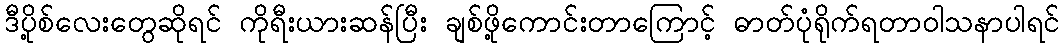
ဒီပို့စ်လေးတွေဆိုရင် ကိုရီးယားဆန်ပြီး ချစ်ဖို့ကောင်းတာကြောင့် ဓာတ်ပုံရိုက်ရတာဝါသနာပါရင်